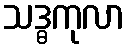
သဒ္ဓကုလာ